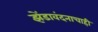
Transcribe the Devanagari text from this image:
झेंडावंदनाचाही